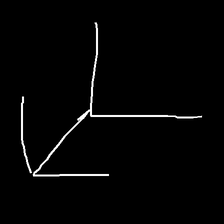
Glyph: gather